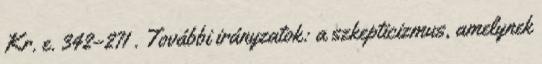
Kr. e. 342–271 . További irányzatok: a szkepticizmus, amelynek